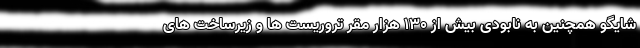
شایگو همچنین به نابودی بیش از ۱۳۰ هزار مقر تروریست ها و زیرساخت های